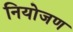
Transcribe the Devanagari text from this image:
नियोजण